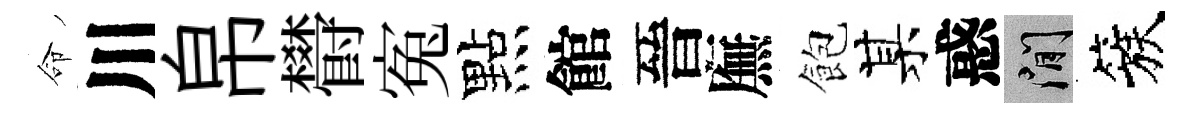
命川帛欎寃點館晉廡飽某惑閑簇